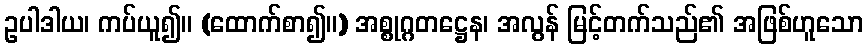
ဥပါဒါယ၊ ကပ်ယူ၍။ (ထောက်စာ၍။) အစ္စုဂ္ဂတဋ္ဌေန၊ အလွန် မြင့်တက်သည်၏ အဖြစ်ဟူသော